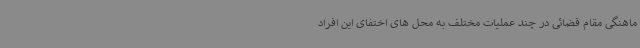
ماهنگی مقام قضائی در چند عملیات مختلف به محل های اختفای این افراد